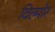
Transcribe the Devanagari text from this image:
विल्मोर